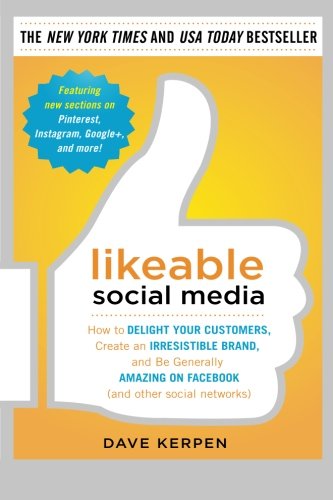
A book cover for Likeable Social Media: How to Delight Your Customers, Create an Irresistible Brand, and Be Generally Amazing on Facebook (And Other Social Networks); Dave Kerpen; Computers & Technology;